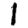
Digit: 1